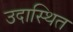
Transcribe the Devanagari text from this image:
उदास्थित